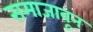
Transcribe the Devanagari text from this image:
समाजावून